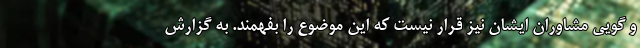
و گویی مشاوران ایشان نیز قرار نیست که این موضوع را بفهمند. به گزارش